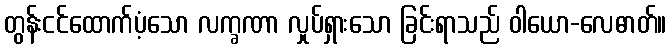
တွန်းငင်ထောက်ပံ့သော လက္ခဏာ လှုပ်ရှားသော ခြင်းရာသည် ဝါယော-လေဓာတ်။